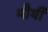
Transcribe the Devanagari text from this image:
मौर्यी